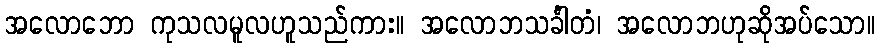
အလောဘော ကုသလမူလဟူသည်ကား။ အလောဘသင်္ခါတံ၊ အလောဘဟုဆိုအပ်သော။